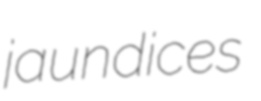
jaundices